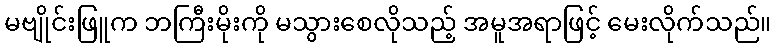
မဗျိုင်းဖြူက ဘကြီးမိုးကို မသွားစေလိုသည့် အမူအရာဖြင့် မေးလိုက်သည်။